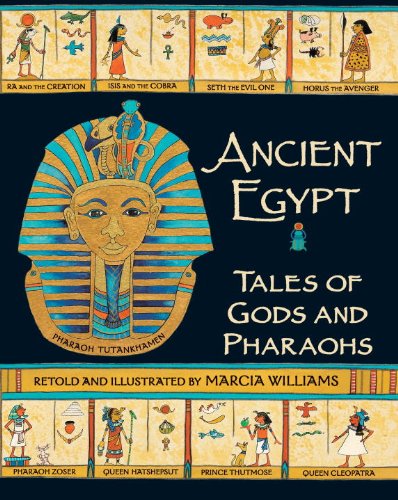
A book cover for Ancient Egypt: Tales of Gods and Pharaohs; Marcia Williams; Children's Books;